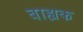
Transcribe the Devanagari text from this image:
बाह्यक